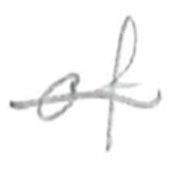
Text: of
Cross-out: single-line
Writing tool: pencil